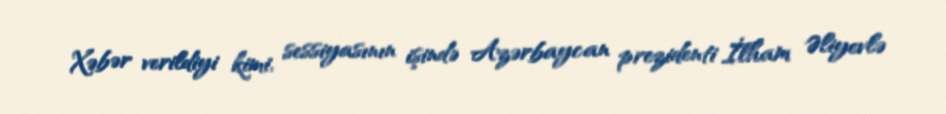
Xəbər verildiyi kimi, sessiyasının işində Azərbaycan prezidenti İlham Əliyevlə